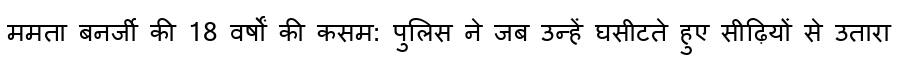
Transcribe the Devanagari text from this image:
ममता बनर्जी की 18 वर्षों की कसम: पुलिस ने जब उन्हें घसीटते हुए सीढ़ियों से उतारा